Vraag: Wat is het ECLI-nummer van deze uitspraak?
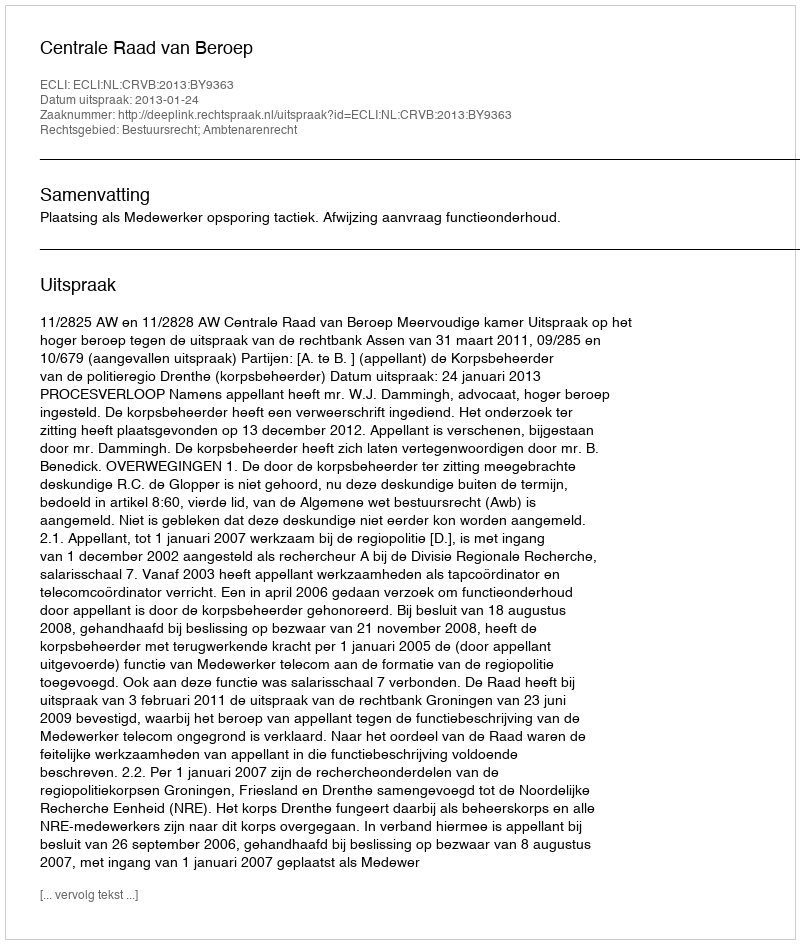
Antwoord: ECLI:NL:CRVB:2013:BY9363